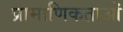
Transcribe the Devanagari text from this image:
प्रामाणिकताओं